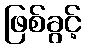
ဖြစ်ခွင့်